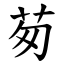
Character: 茐